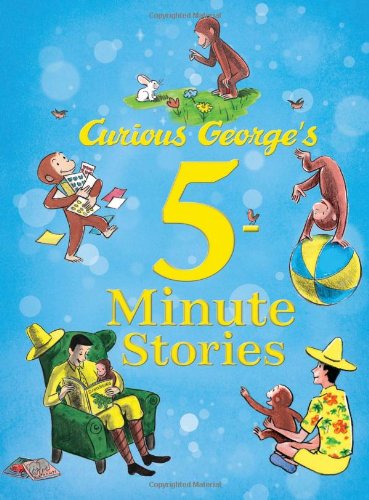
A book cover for Curious George's 5-Minute Stories; H. A. Rey; Children's Books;